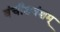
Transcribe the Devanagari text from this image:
वंचीशवंशम्